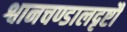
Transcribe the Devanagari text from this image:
श्वानचण्डालदृष्टौ